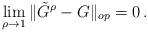
LaTeX: \begin{align*} \lim _{\rho \to 1} \|\tilde{G}^\rho - G \|_{op} = 0 \, . \end{align*}